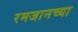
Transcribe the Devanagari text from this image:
रमजानच्या